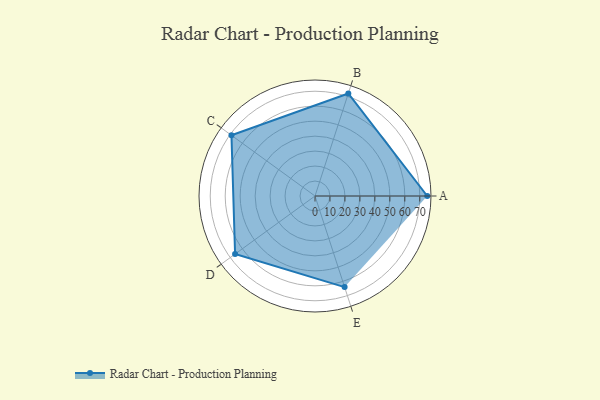
{"axis": {"x": "Skill", "y": "Score"}, "legend": ["Profile"], "data": [{"x": "A", "y": 75.0, "type": "Profile"}, {"x": "B", "y": 72.0, "type": "Profile"}, {"x": "C", "y": 69.0, "type": "Profile"}, {"x": "D", "y": 66.0, "type": "Profile"}, {"x": "E", "y": 64.0, "type": "Profile"}]}